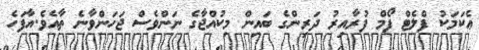
ޢެކަމަކު ފްލެޓް ފޯމް ފުރާއިރު ދަރިންގެ ބައިން މިކުއްޖާގެ ނަންވެސް ޖަހަންވާނެ ތާއެވެ.އާފަހެ